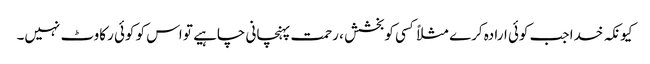
کیونکہ خدا جب کوئی ارادہ کرے مثلاً کسی کوبخشش ، رحمت پہنچانی چاہیے تو اس کو کوئی رکاوٹ نہیں۔